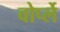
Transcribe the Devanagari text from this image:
वोर्प्ले